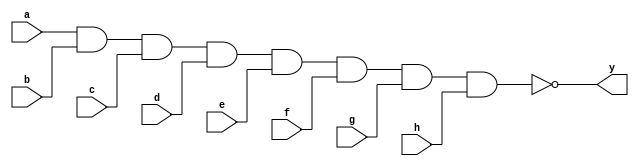
module nand_input_behave(y,a,b,c,d,e,f,g,h);

output reg y;
input a,b,c,d,e,f,g,h;

always@(a,b,c,d,e,f,g,h)
 begin
  y=~(a&b&c&d&e&f&g&h);
 end
 
endmodule